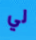
لي